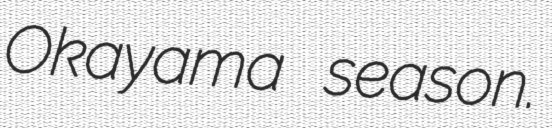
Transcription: Okayama season.